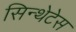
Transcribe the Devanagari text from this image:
सिन्थेटेस